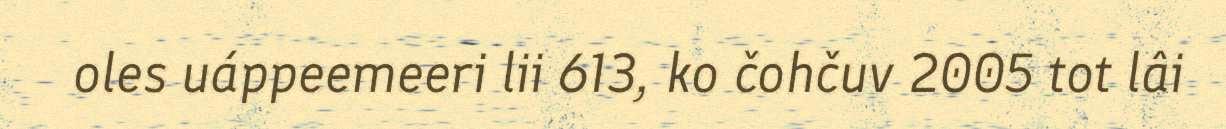
oles uáppeemeeri lii 613, ko čohčuv 2005 tot lâi